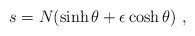
LaTeX: \begin{align*} s = N(\sinh \theta + \epsilon \cosh \theta)~,\end{align*}